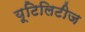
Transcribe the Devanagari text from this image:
यूटिलिटीज